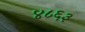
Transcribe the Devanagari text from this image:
४८६३